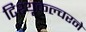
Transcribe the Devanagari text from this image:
टिश्यू्कल्चरने